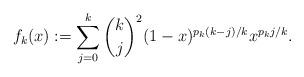
LaTeX: \begin{align*}f_k(x) := \sum_{j=0}^{k} \dbinom{k}{j}^2 (1-x)^{p_k(k-j)/k} x^{p_k j/k}.\end{align*}